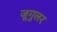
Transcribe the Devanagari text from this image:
जूगुलर